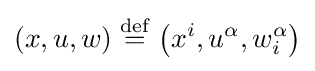
(x,u,w)\mathrel {\stackrel {\mathrm {def} }{=}} \left(x^{i},u^{\alpha },w_{i}^{\alpha }\right)